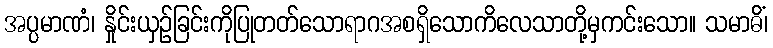
အပ္ပမာဏံ၊ နှိုင်းယှဉ်ခြင်းကိုပြုတတ်သောရာဂအစရှိသောကိလေသာတို့မှကင်းသော။ သမာဓိံ၊